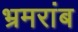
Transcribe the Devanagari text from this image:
भ्रमरांब